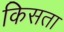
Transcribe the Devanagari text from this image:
किसता